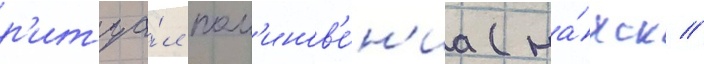
р'итуа́л пом'инов'е́н'иа (на́хск //